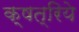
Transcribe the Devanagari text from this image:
क्षत्रिये